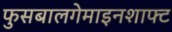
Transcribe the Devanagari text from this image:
फुसबालगेमाइनशाफ्ट